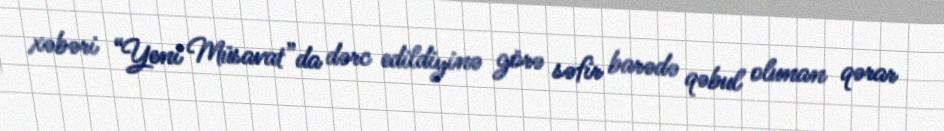
xəbəri “Yeni Müsavat”da dərc edildiyinə görə səfir barədə qəbul olunan qərar